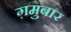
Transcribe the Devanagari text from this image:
ग़मुबार